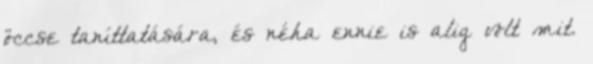
öccse taníttatására, és néha ennie is alig volt mit.